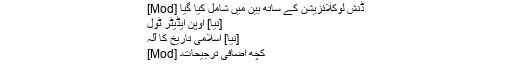
[Mod] ڈنش لوکلائزیشن کے ساتھ بین میں شامل کیا گیا
[نیا] اوپن ایڈیٹر ٹول
[نیا] اسلامی تاریخ کا آلہ
[Mod] کچھ اضافی ترجیحات۔